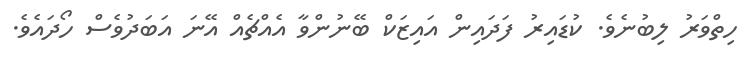
ހިތްވަރު ލިބުނެވެ. ކުޑައިރު ފަދައިން އައިޒަކް ބޭނުންވާ އެއްޗެއް އޭނަ އަބަދުވެސް ހޯދައެވެ.